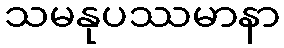
သမနုပဿမာနာ